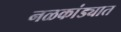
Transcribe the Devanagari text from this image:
नळकांड्यात